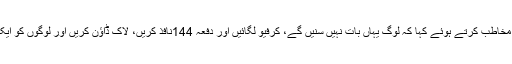
شعیب اختر نے وزیر اعظم عمران خان کو بھی مخاطب کرتے ہوئے کہا کہ لوگ یہاں بات نہیں سنیں گے، کرفیو لگائیں اور دفعہ 144نافذ کریں، لاک ڈاؤن کریں اور لوگوں کو ایک گھنٹے کا وقت دیں تاکہ وہ سامان خرید سکیں۔